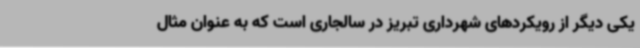
یکی دیگر از رویکردهای شهرداری تبریز در سالجاری است که به عنوان مثال